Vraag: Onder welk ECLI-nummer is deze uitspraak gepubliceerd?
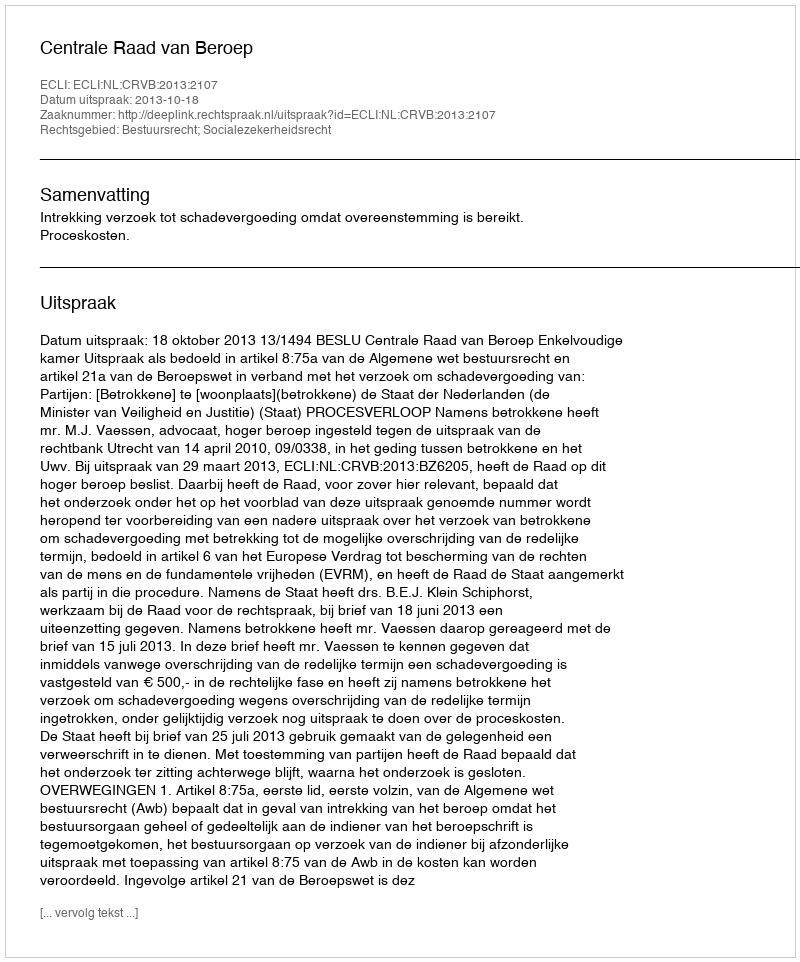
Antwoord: ECLI:NL:CRVB:2013:2107